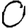
Digit: 0